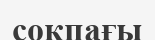
соқпағы